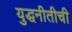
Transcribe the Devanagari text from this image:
युद्धनीतीची